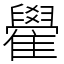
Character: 雤